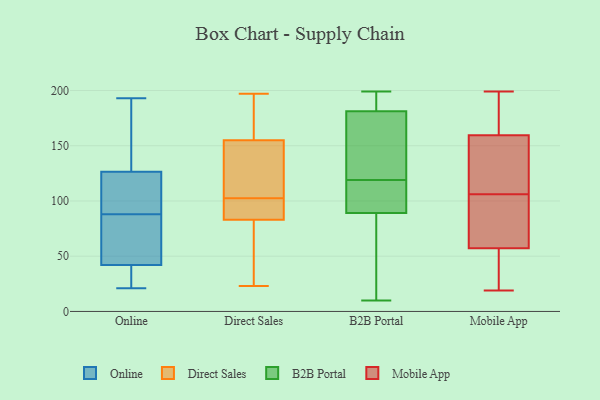
{"axis": {"x": "Energy Usage (MWh)", "y": "Value"}, "legend": ["B2B Portal", "Direct Sales", "Mobile App", "Online"], "data": [{"x": "", "y": 122, "type": "Online"}, {"x": "", "y": 193, "type": "Online"}, {"x": "", "y": 131, "type": "Online"}, {"x": "", "y": 21, "type": "Online"}, {"x": "", "y": 30, "type": "Online"}, {"x": "", "y": 92, "type": "Online"}, {"x": "", "y": 51, "type": "Online"}, {"x": "", "y": 117, "type": "Online"}, {"x": "", "y": 157, "type": "Online"}, {"x": "", "y": 43, "type": "Online"}, {"x": "", "y": 52, "type": "Online"}, {"x": "", "y": 110, "type": "Online"}, {"x": "", "y": 26, "type": "Online"}, {"x": "", "y": 189, "type": "Online"}, {"x": "", "y": 84, "type": "Online"}, {"x": "", "y": 41, "type": "Online"}, {"x": "", "y": 23, "type": "Direct Sales"}, {"x": "", "y": 81, "type": "Direct Sales"}, {"x": "", "y": 168, "type": "Direct Sales"}, {"x": "", "y": 85, "type": "Direct Sales"}, {"x": "", "y": 125, "type": "Direct Sales"}, {"x": "", "y": 111, "type": "Direct Sales"}, {"x": "", "y": 88, "type": "Direct Sales"}, {"x": "", "y": 155, "type": "Direct Sales"}, {"x": "", "y": 72, "type": "Direct Sales"}, {"x": "", "y": 197, "type": "Direct Sales"}, {"x": "", "y": 167, "type": "Direct Sales"}, {"x": "", "y": 155, "type": "Direct Sales"}, {"x": "", "y": 28, "type": "Direct Sales"}, {"x": "", "y": 89, "type": "Direct Sales"}, {"x": "", "y": 113, "type": "Direct Sales"}, {"x": "", "y": 94, "type": "Direct Sales"}, {"x": "", "y": 87, "type": "Direct Sales"}, {"x": "", "y": 193, "type": "Direct Sales"}, {"x": "", "y": 51, "type": "Direct Sales"}, {"x": "", "y": 115, "type": "Direct Sales"}, {"x": "", "y": 10, "type": "B2B Portal"}, {"x": "", "y": 195, "type": "B2B Portal"}, {"x": "", "y": 130, "type": "B2B Portal"}, {"x": "", "y": 179, "type": "B2B Portal"}, {"x": "", "y": 196, "type": "B2B Portal"}, {"x": "", "y": 91, "type": "B2B Portal"}, {"x": "", "y": 113, "type": "B2B Portal"}, {"x": "", "y": 35, "type": "B2B Portal"}, {"x": "", "y": 83, "type": "B2B Portal"}, {"x": "", "y": 118, "type": "B2B Portal"}, {"x": "", "y": 188, "type": "B2B Portal"}, {"x": "", "y": 72, "type": "B2B Portal"}, {"x": "", "y": 119, "type": "B2B Portal"}, {"x": "", "y": 106, "type": "B2B Portal"}, {"x": "", "y": 124, "type": "B2B Portal"}, {"x": "", "y": 161, "type": "B2B Portal"}, {"x": "", "y": 199, "type": "B2B Portal"}, {"x": "", "y": 106, "type": "Mobile App"}, {"x": "", "y": 163, "type": "Mobile App"}, {"x": "", "y": 35, "type": "Mobile App"}, {"x": "", "y": 19, "type": "Mobile App"}, {"x": "", "y": 199, "type": "Mobile App"}, {"x": "", "y": 73, "type": "Mobile App"}, {"x": "", "y": 195, "type": "Mobile App"}, {"x": "", "y": 180, "type": "Mobile App"}, {"x": "", "y": 136, "type": "Mobile App"}, {"x": "", "y": 37, "type": "Mobile App"}, {"x": "", "y": 96, "type": "Mobile App"}, {"x": "", "y": 130, "type": "Mobile App"}, {"x": "", "y": 70, "type": "Mobile App"}, {"x": "", "y": 53, "type": "Mobile App"}, {"x": "", "y": 109, "type": "Mobile App"}, {"x": "", "y": 149, "type": "Mobile App"}, {"x": "", "y": 43, "type": "Mobile App"}, {"x": "", "y": 84, "type": "Mobile App"}, {"x": "", "y": 188, "type": "Mobile App"}]}